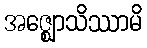
အဇ္ဈောသိဿာမိ